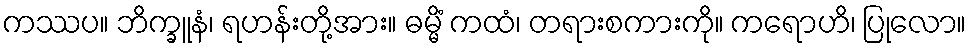
ကဿပ။ ဘိက္ခူနံ၊ ရဟန်းတို့အား။ ဓမ္မိံ ကထံ၊ တရားစကားကို။ ကရောဟိ၊ ပြုလော။